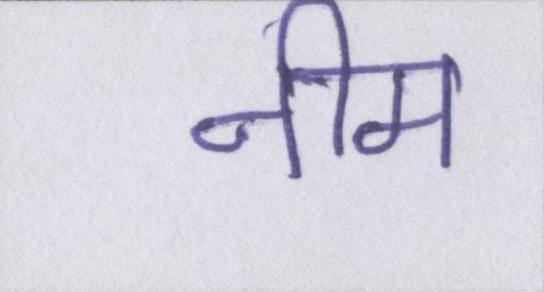
नीम